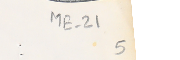
ME-21 5